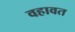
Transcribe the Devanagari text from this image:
वहावत